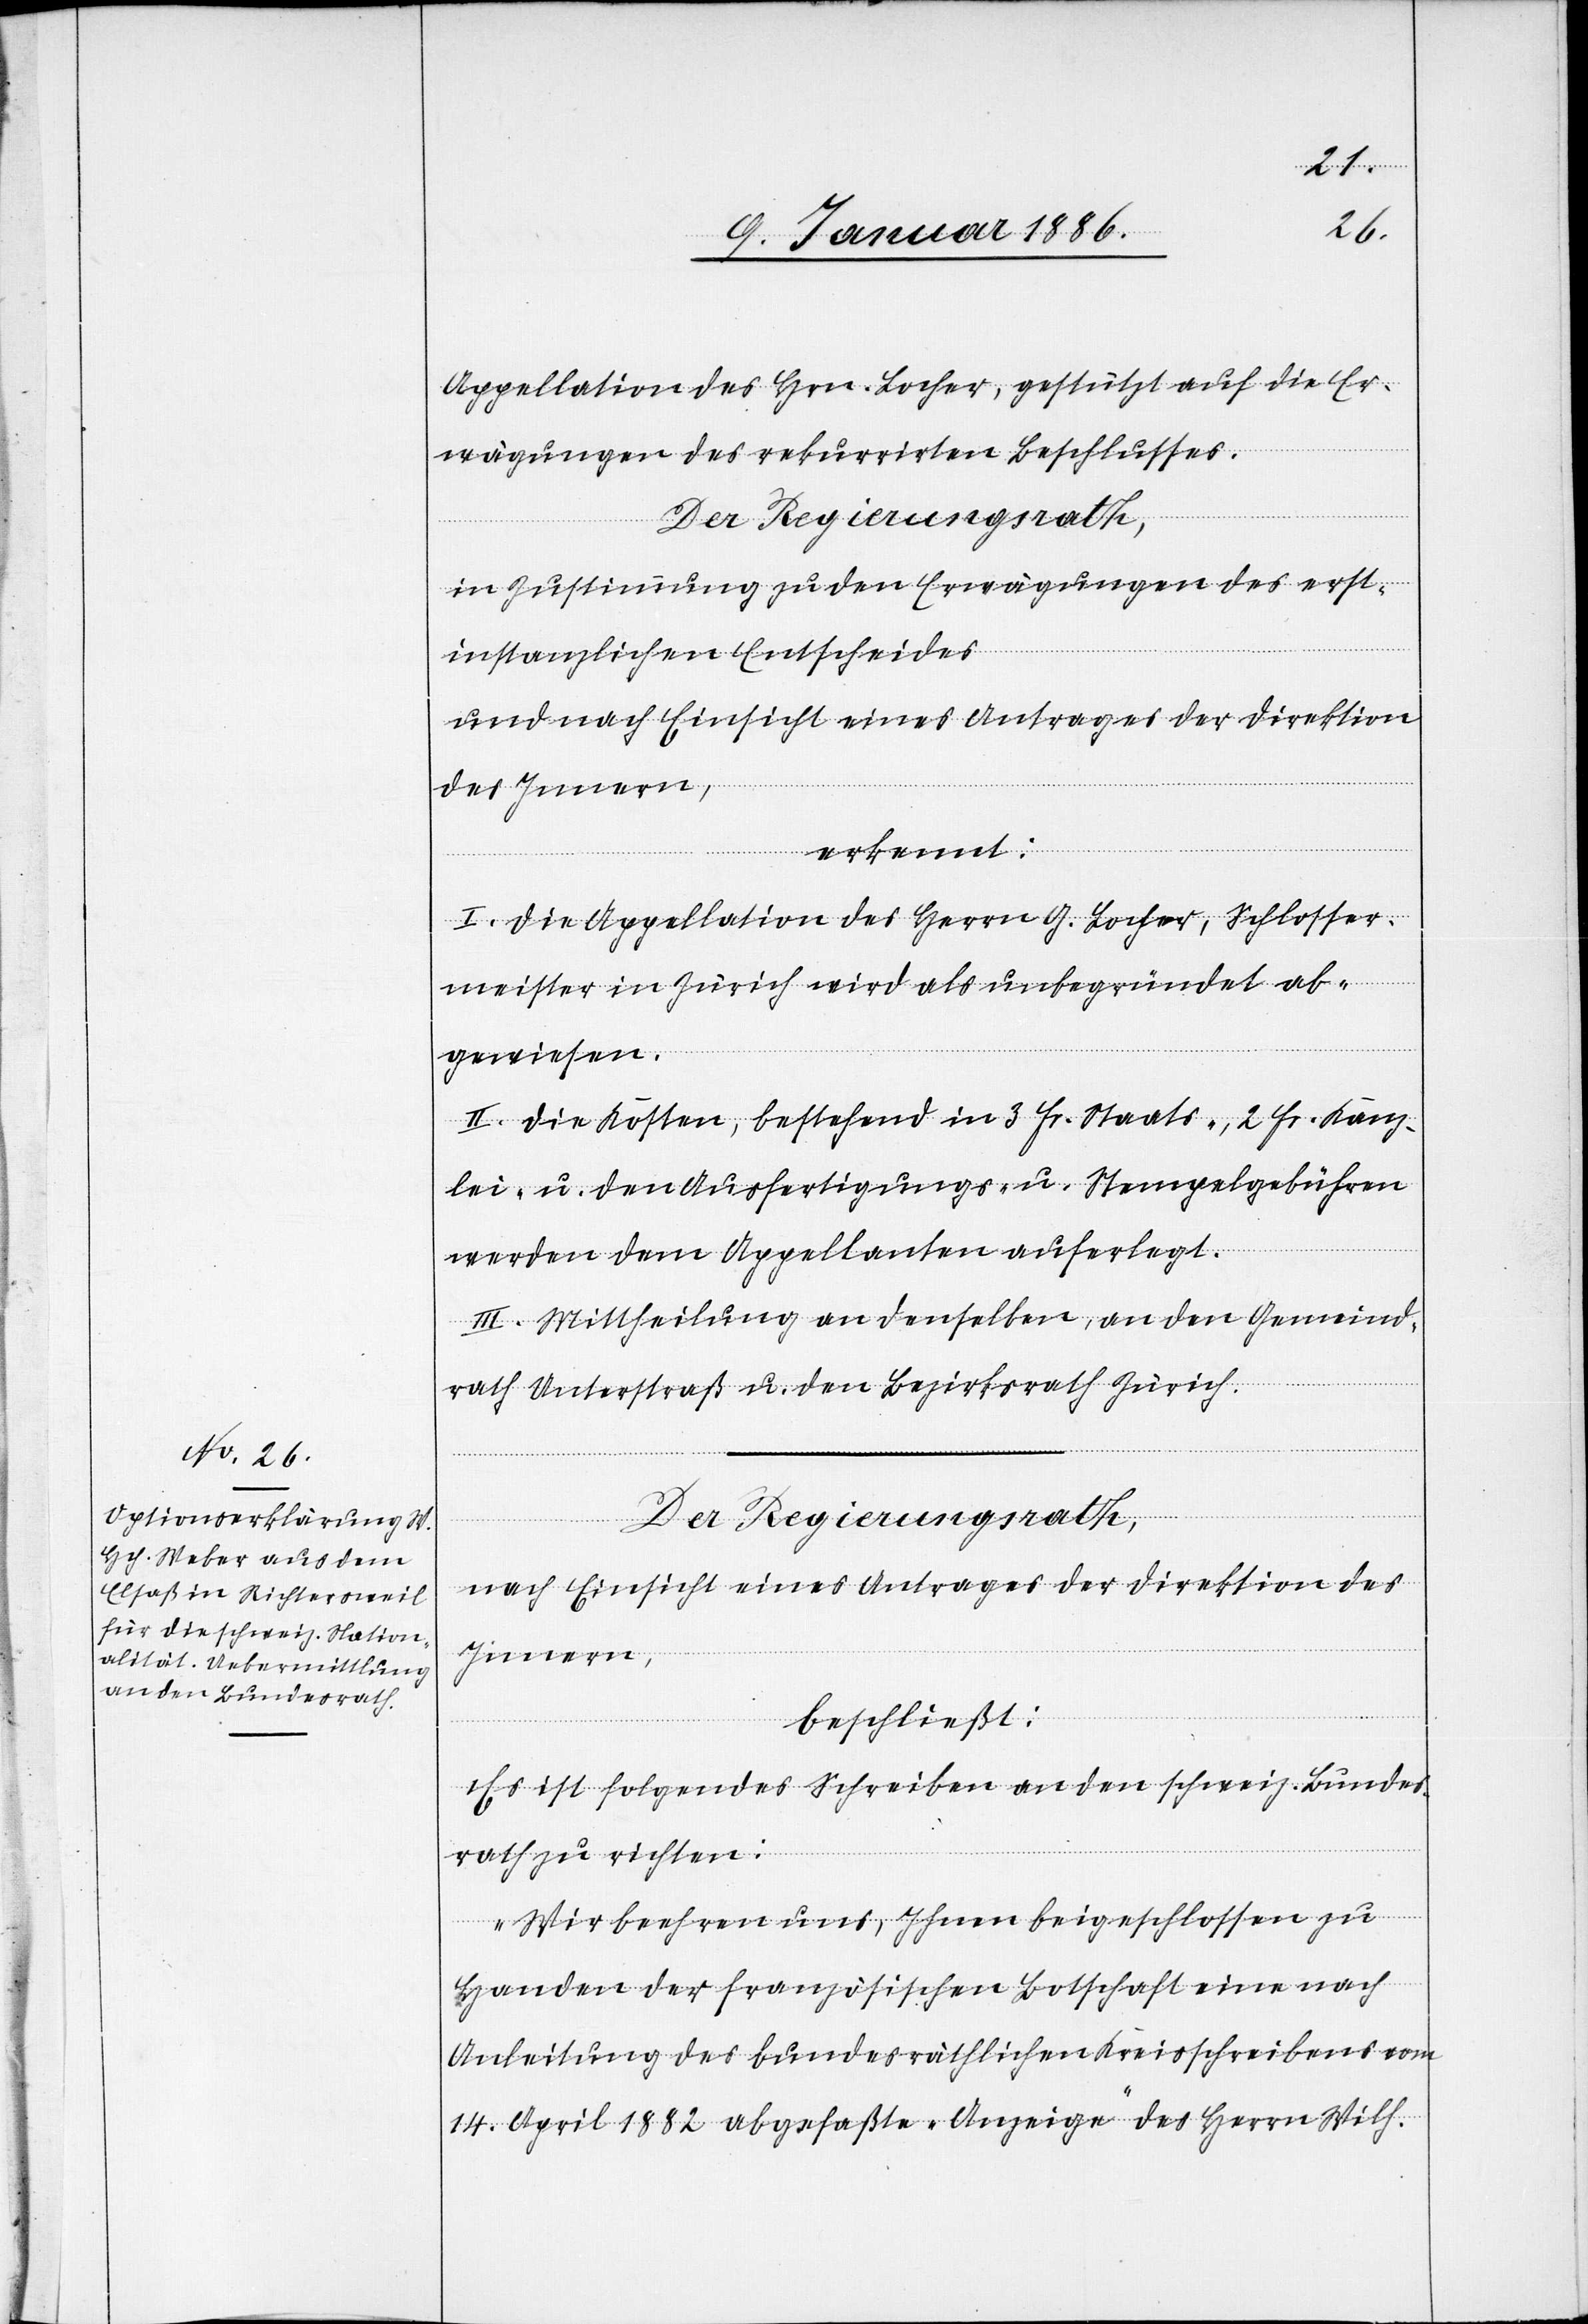
Appellation des Hrn. Locher, gestützt auf die Er¬
wägungen des rekurrierten Beschlusses.
Der Regierungsrath,
in Zustimmung zu den Erwägungen des erst¬
instanzlichen Entscheides
und nach Einsicht eines Antrages der Direktion
des Innern,
erkennt:
I. Die Appellation des Herrn G. Locher, Schlosser¬
meister in Zürich wird als unbegründet ab¬
gewiesen.
II. Die Kosten, bestehen in 3 Fr. Staats-, 2 Fr. Kanz¬
lei- u. den Ausfertigungs- u. Stempelgebühren
werden dem Appellanten auferlegt.
III. Mittheilung an denselben, an den Gemeind¬
rath Unterstraß u. den Bezirksrath Zürich.
nach Einsicht eines Antrages der Direktion des
Innern,
beschließt:
Es ist folgendes Schreiben an den schweiz. Bundes¬
rath zu richten:
„Wir beehren uns, Ihnen beigeschlossen zu
Handen der französischen Botschaft eine nach
Anleitung des bundesräthlichen Kreisschreibens vom
14. April 1882 abgefaßte „Anzeige“ des Herrn Wilh.